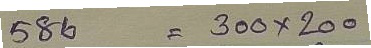
586 = 300 x 200